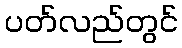
ပတ်လည်တွင်